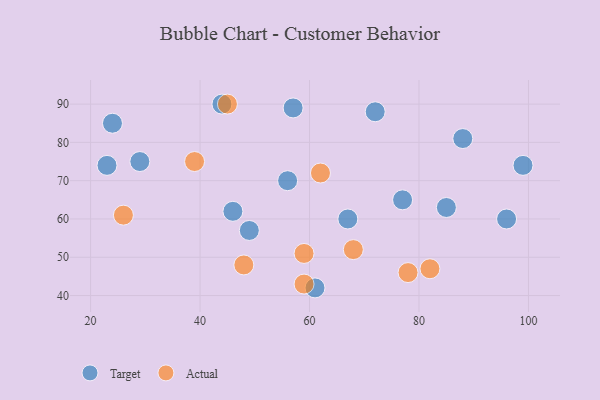
{"axis": {"x": "GDP", "y": "Life Expectancy"}, "legend": ["Actual", "Target"], "data": [{"x": "24", "y": 85, "type": "Target"}, {"x": "96", "y": 60, "type": "Target"}, {"x": "77", "y": 65, "type": "Target"}, {"x": "29", "y": 75, "type": "Target"}, {"x": "56", "y": 70, "type": "Target"}, {"x": "49", "y": 57, "type": "Target"}, {"x": "67", "y": 60, "type": "Target"}, {"x": "99", "y": 74, "type": "Target"}, {"x": "88", "y": 81, "type": "Target"}, {"x": "46", "y": 62, "type": "Target"}, {"x": "72", "y": 88, "type": "Target"}, {"x": "23", "y": 74, "type": "Target"}, {"x": "85", "y": 63, "type": "Target"}, {"x": "57", "y": 89, "type": "Target"}, {"x": "61", "y": 42, "type": "Target"}, {"x": "44", "y": 90, "type": "Target"}, {"x": "68", "y": 52, "type": "Actual"}, {"x": "39", "y": 75, "type": "Actual"}, {"x": "48", "y": 48, "type": "Actual"}, {"x": "62", "y": 72, "type": "Actual"}, {"x": "59", "y": 43, "type": "Actual"}, {"x": "59", "y": 51, "type": "Actual"}, {"x": "26", "y": 61, "type": "Actual"}, {"x": "82", "y": 47, "type": "Actual"}, {"x": "45", "y": 90, "type": "Actual"}, {"x": "78", "y": 46, "type": "Actual"}]}